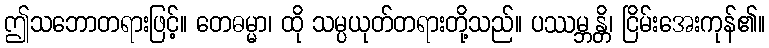
ဤသဘောတရားဖြင့်။ တေဓမ္မာ၊ ထို သမ္ပယုတ်တရားတို့သည်။ ပဿမ္ဘန္တိ၊ ငြိမ်းအေးကုန်၏။